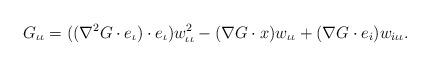
LaTeX: \begin{align*}G_{\iota\iota}=((\nabla^{2}G\cdot e_{\iota})\cdot e_{\iota})w^{2}_{\iota\iota}-(\nabla G\cdot x)w_{\iota\iota}+(\nabla G\cdot e_{i})w_{i\iota\iota}.\end{align*}